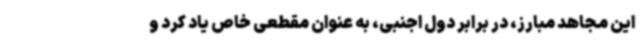
این مجاهد مبارز، در برابر دول اجنبی، به عنوان مقطعی خاص یاد کرد و